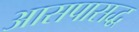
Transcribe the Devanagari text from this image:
आसपासद्ध